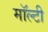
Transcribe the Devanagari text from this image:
मॉल्टी